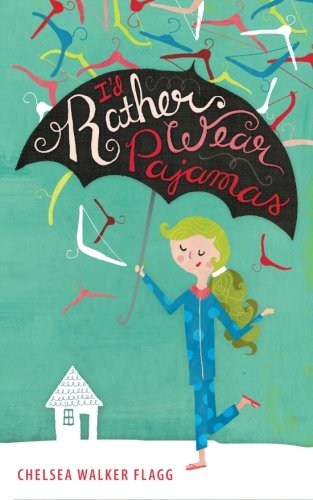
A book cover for I'd Rather Wear Pajamas; Chelsea Walker Flagg; Humor & Entertainment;